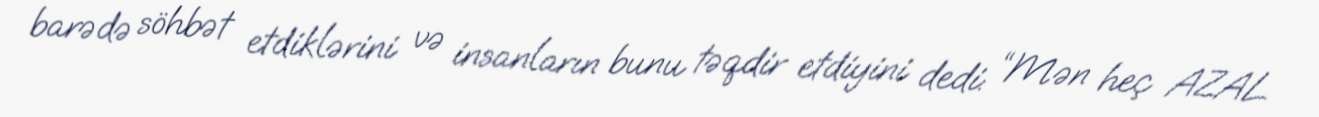
barədə söhbət etdiklərini və insanların bunu təqdir etdiyini dedi: “Mən heç AZAL